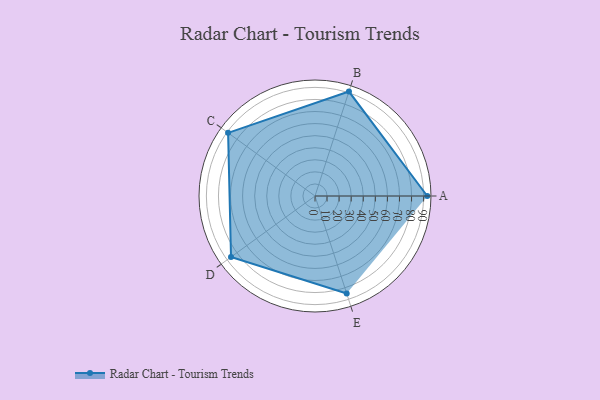
{"axis": {"x": "Skill", "y": "Score"}, "legend": ["Profile"], "data": [{"x": "A", "y": 93.0, "type": "Profile"}, {"x": "B", "y": 91.0, "type": "Profile"}, {"x": "C", "y": 89.0, "type": "Profile"}, {"x": "D", "y": 86.0, "type": "Profile"}, {"x": "E", "y": 85.0, "type": "Profile"}]}